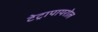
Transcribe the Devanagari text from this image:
टेट्रापायरोल